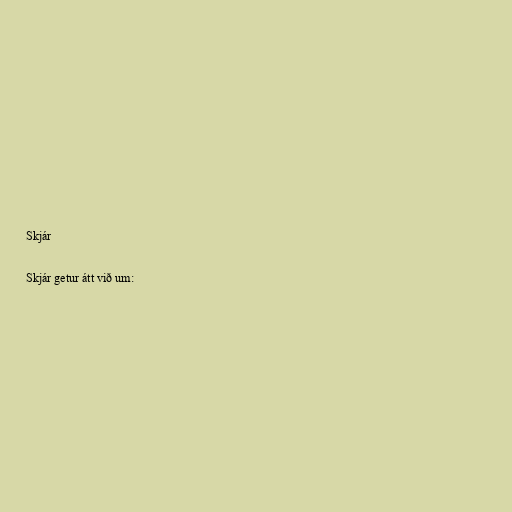
Skjár

Skjár getur átt við um: